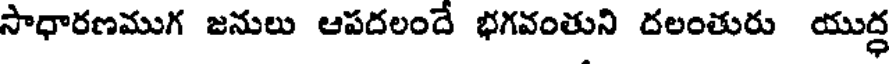
సాధారణముగ జనులు ఆపదలందే భగవంతుని దలంతురు యుద్ధ